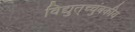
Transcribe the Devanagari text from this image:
विद्युत्‌च्चुंबकीय